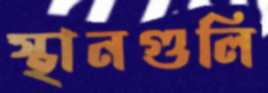
স্থানগুলি